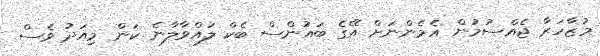
މުޒާހަރާ ޖެއްސުމުން އެމެންނަށް އޭގެ ބައުންސް ބެކް ލައްވާލާނެ ކަން މިއަދު ވެސް